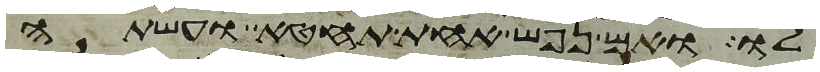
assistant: לו ואם נפש אחת תחטא ועשתה